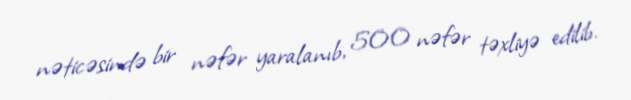
nəticəsində bir nəfər yaralanıb, 500 nəfər təxliyə edilib.